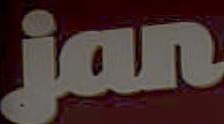
jan